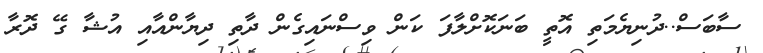
ސާބަސް..ދުނިޔެމަތި އޮތީ ބަނަކޮށްލާފަ ކަން ވިސްނައިގެން ދާތި ދިޔާންއާއި އުޝާ ގޭ ދޮރާ